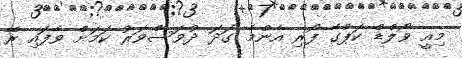
މިއީ ވޯލްޑް ކަޕްގެ ފޯރި އެންމެ ގަދަ ދުވަސްވަރު ކަމަށް ވެފައި ރޭ